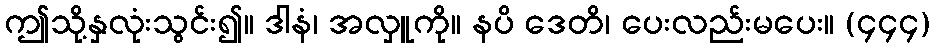
ဤသို့နှလုံးသွင်း၍။ ဒါနံ၊ အလှူကို။ နပိ ဒေတိ၊ ပေးလည်းမပေး။ (၄၄၄)